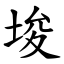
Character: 埈